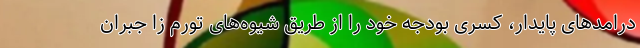
درامدهای پایدار، کسری بودجه خود را از طریق شیوه‌های تورم زا جبران